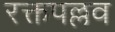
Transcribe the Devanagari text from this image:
रक्तपल्लव